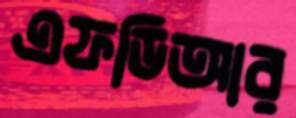
এফডিআর